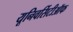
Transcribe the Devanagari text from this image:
यूनिवर्सिटीऑफ